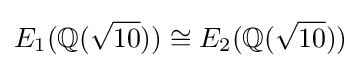
E_{1}(\mathbb {Q} ({\sqrt {10}}))\cong E_{2}(\mathbb {Q} ({\sqrt {10}}))